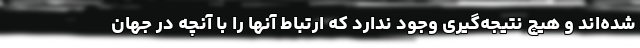
شده‌اند و هیچ نتیجه‌گیری وجود ندارد که ارتباط آنها را با آنچه در جهان